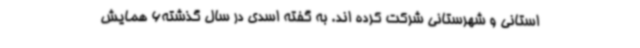
استانی و شهرستانی شرکت کرده اند. به گفته اسدی در سال گذشته6 همایش